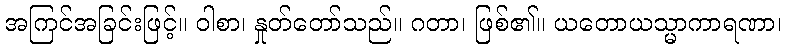
အကြင်အခြင်းဖြင့်။ ဝါစာ၊ နှုတ်တော်သည်။ ဂတာ၊ ဖြစ်၏။ ယတောယသ္မာကာရဏာ၊